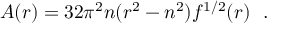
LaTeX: A ( r ) = 3 2 \pi ^ { 2 } n ( r ^ { 2 } - n ^ { 2 } ) f ^ { 1 / 2 } ( r ) ~ ~ .